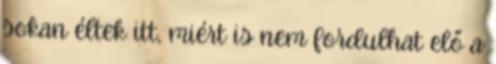
sokan éltek itt, miért is nem fordulhat elő a